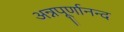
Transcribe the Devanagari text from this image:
अन्नपूर्णानन्द